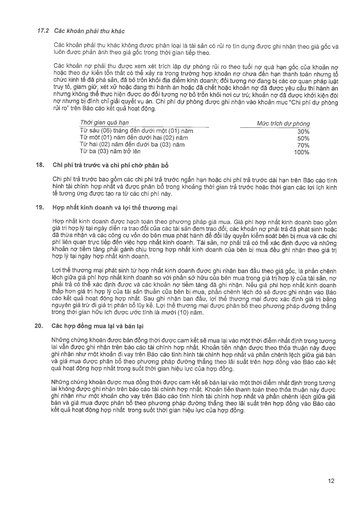
|Thời gian quá hạn|Mức trích dự phòng| |---|---| |Từ sáu (06) tháng đến dưới một (01) năm|30%| |Từ một (01) năm đến dưới hai (02) năm|50%| |Từ hai (02) năm đến dưới ba (03) năm|70%| |Từ ba (03) năm trở lên|100%|